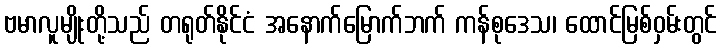
ဗမာလူမျိုးတို့သည် တရုတ်နိုင်ငံ အနောက်မြောက်ဘက် ကန်စုဒေသ၊ ထောင်မြစ်ဝှမ်းတွင်